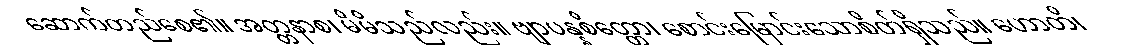
ဆောက်တည်စေ၏။ အတ္တနာစ၊ မိမိသည်လည်း။ ဗျာပန္နစိတ္တော၊ စောင်းမြောင်းသောစိတ်ရှိသည်။ ဟောတိ၊